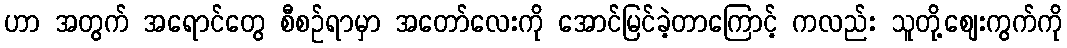
ဟာ အတွက် အရောင်တွေ စီစဉ်ရာမှာ အတော်လေးကို အောင်မြင်ခဲ့တာကြောင့် ကလည်း သူတို့ဈေးကွက်ကို